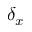
\delta _ { x }